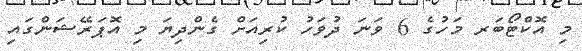
މި އޮކްޓޯބަރ މަހުގެ 6 ވަނަ ދުވަހު ކުރިއަށް ގެންދިޔަ މި އޮޕަރޭޝަންގައި